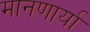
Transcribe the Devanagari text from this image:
मानणार्या